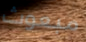
مبعوث